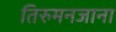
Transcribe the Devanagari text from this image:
तिरुमनजाना